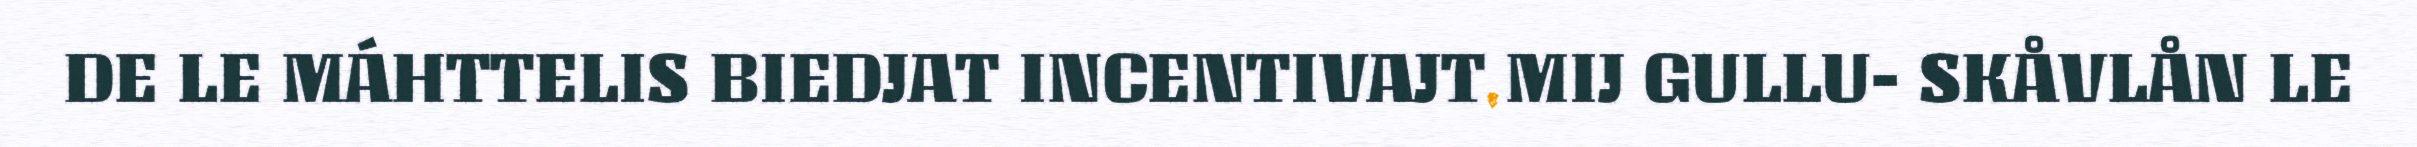
DE LE MÁHTTELIS BIEDJAT INCENTIVAJT MIJ GULLU- SKÅVLÅN LE